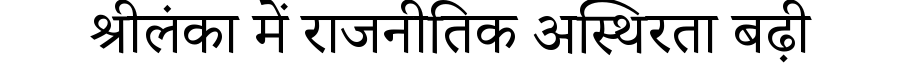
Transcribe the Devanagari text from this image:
श्रीलंका में राजनीतिक अस्थिरता बढ़ी